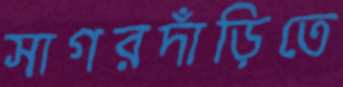
সাগরদাঁড়িতে